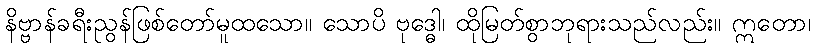
နိဗ္ဗာန်ခရီးညွန်ဖြစ်တော်မူထသော။ သောပိ ဗုဒ္ဓေါ၊ ထိုမြတ်စွာဘုရားသည်လည်း။ ဣတော၊